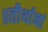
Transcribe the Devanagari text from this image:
॥तीर्थानां